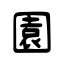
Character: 園